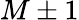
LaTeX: M\pm 1